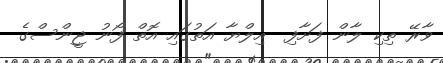
ވާރޭ ތިކި ލާން ފަށާފި  އިލްޔާ އަތުގައި އޮތް ފޯނު ޖީންސްގެ